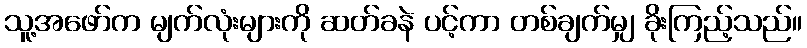
သူ့အဖော်က မျက်လုံးများကို ဆတ်ခနဲ ပင့်ကာ တစ်ချက်မျှ ခိုးကြည့်သည်။